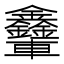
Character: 𨐃